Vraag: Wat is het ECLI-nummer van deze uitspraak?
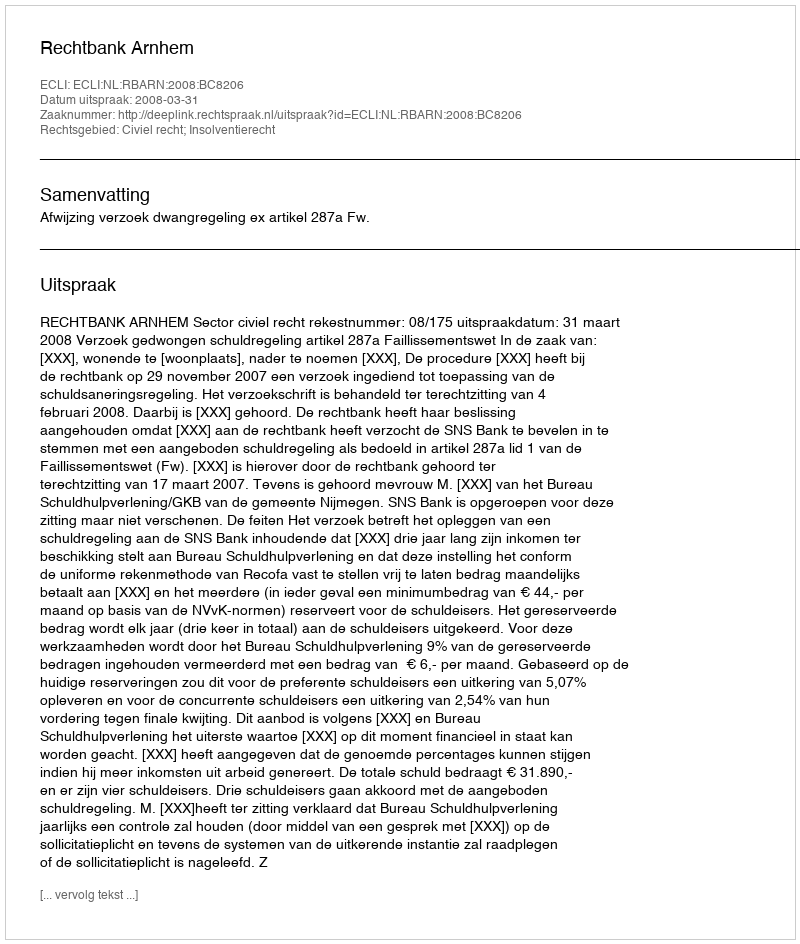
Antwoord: ECLI:NL:RBARN:2008:BC8206